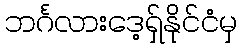
ဘင်္ဂလားဒေ့ရှ်နိုင်ငံမှ